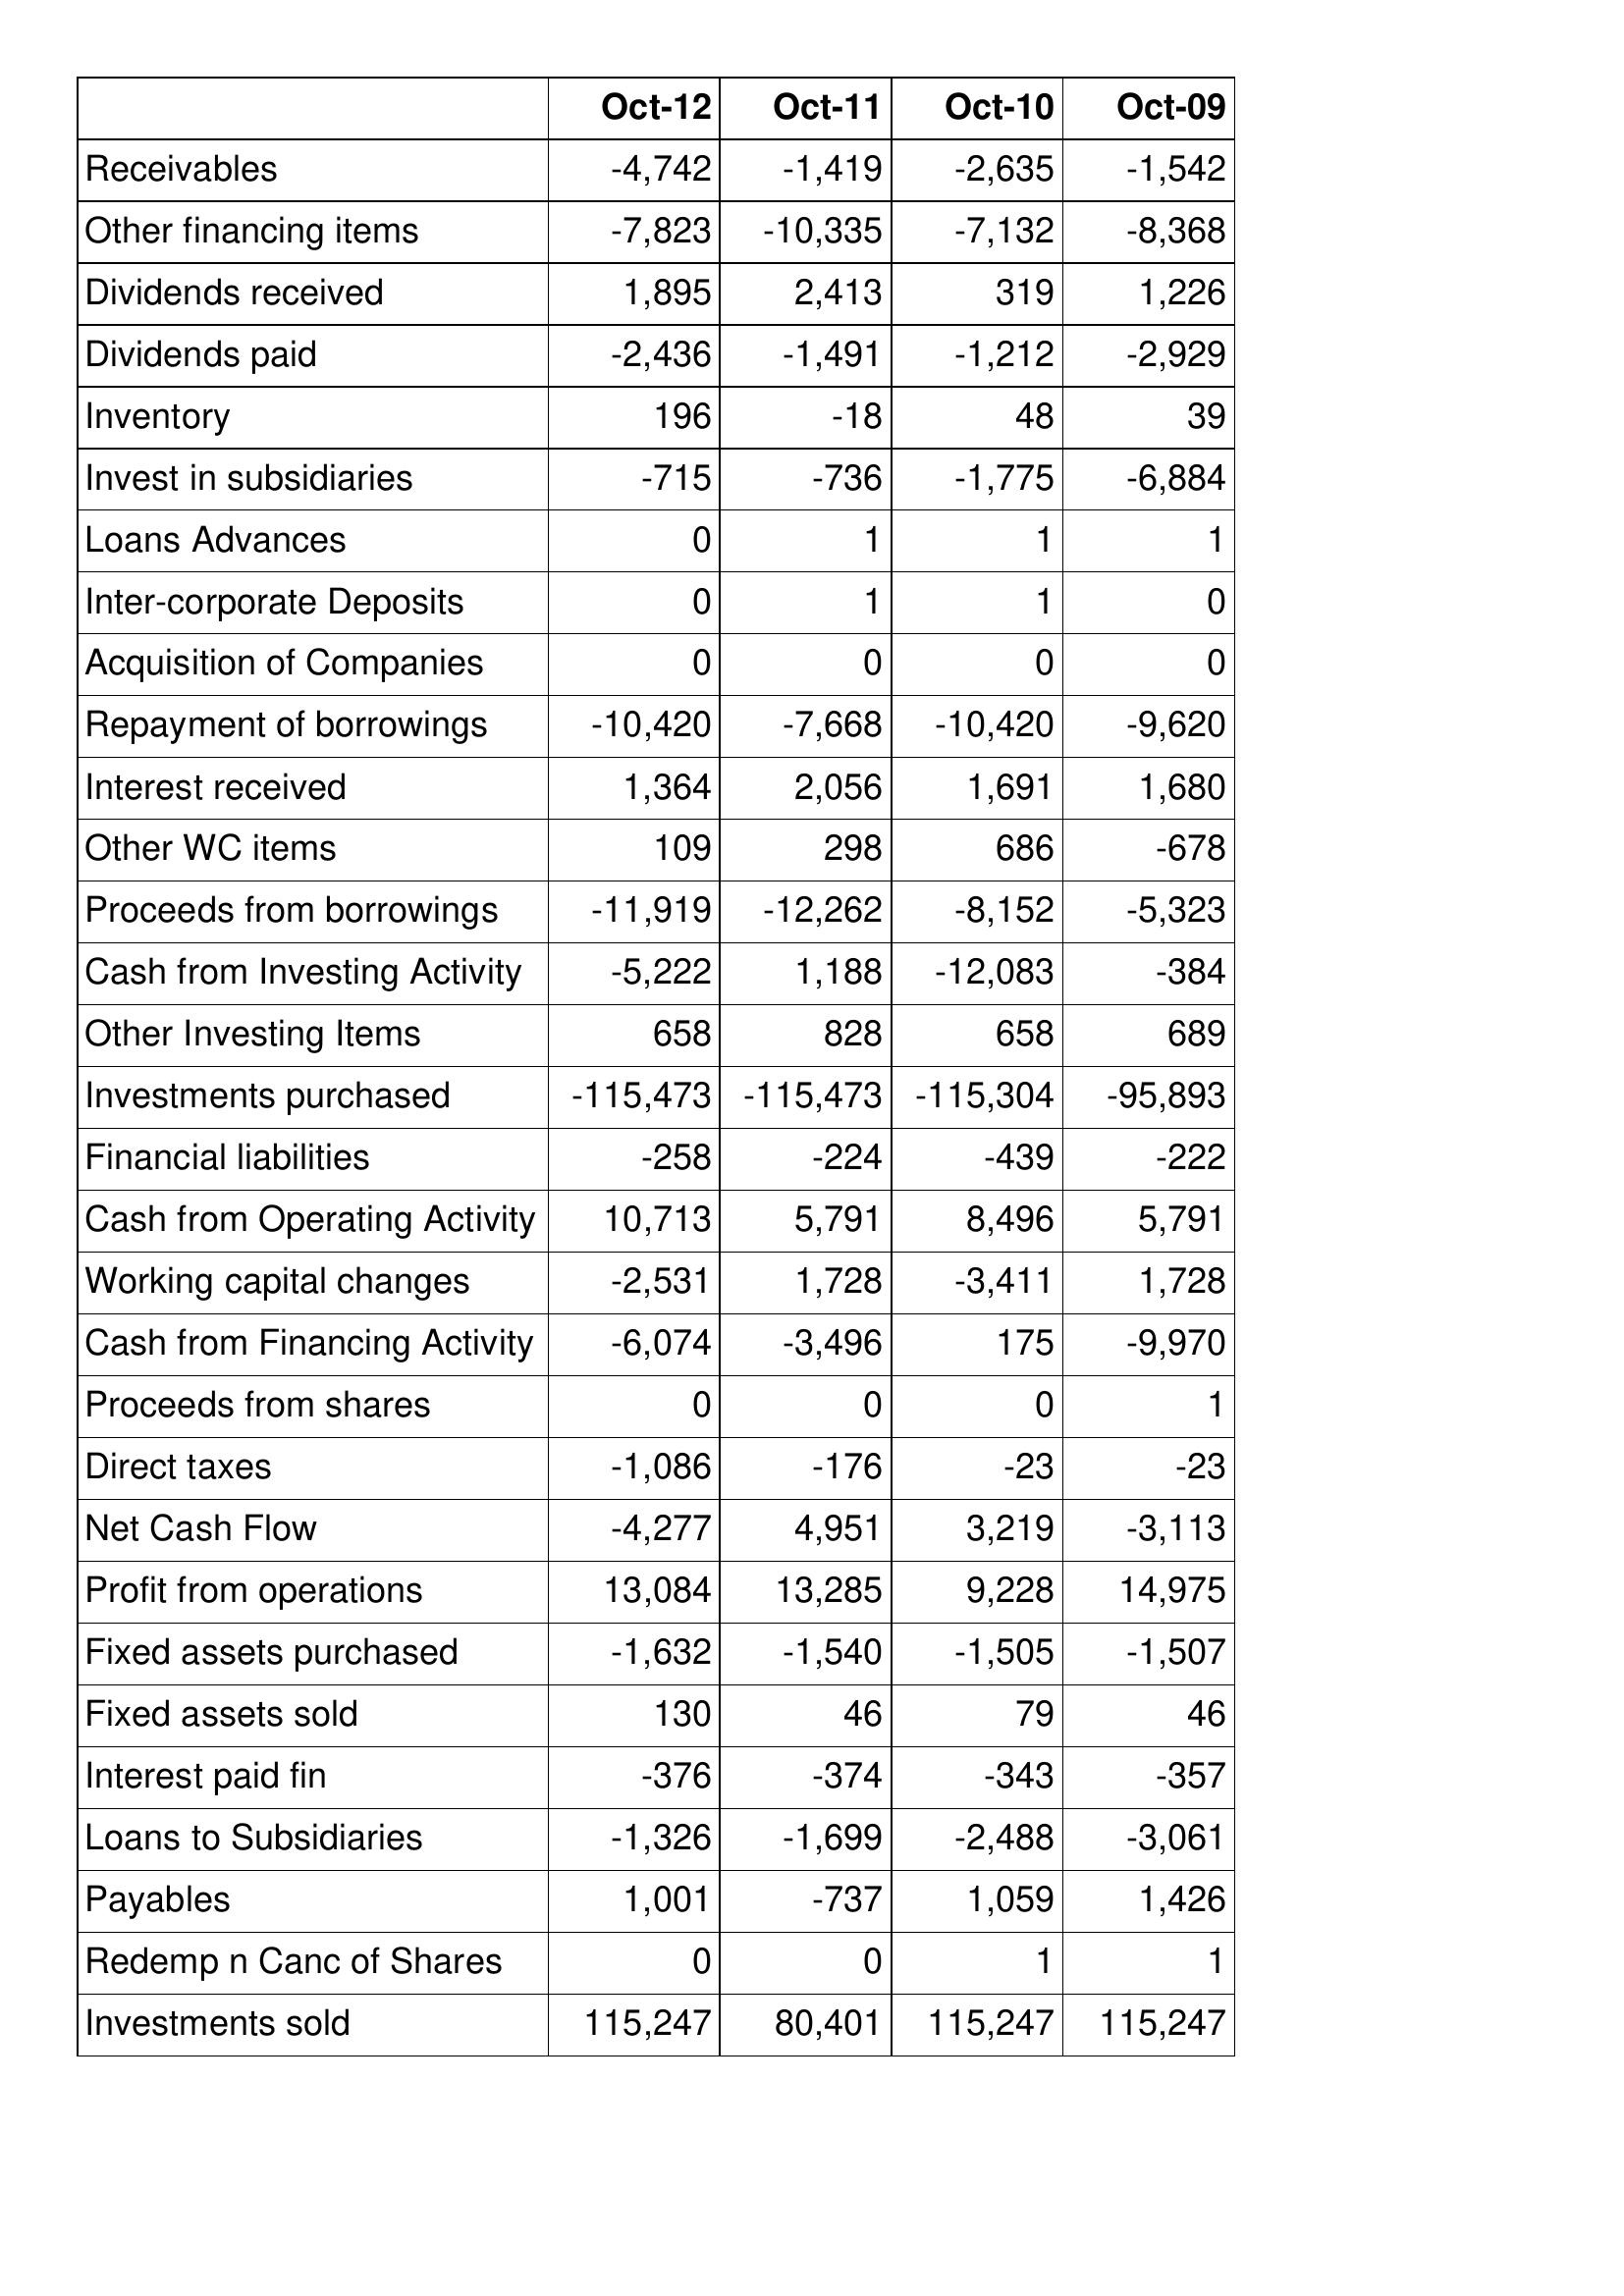
Oct-12: Cash Flows: Receivables: -4,742
Other financing items: -7,823
Dividends received: 1,895
Dividends paid: -2,436
Inventory: 196
Invest in subsidiaries: -715
Loans Advances: 0
Inter-corporate Deposits: 0
Acquisition of Companies: 0
Repayment of borrowings: -10,420
Interest received: 1,364
Other WC items: 109
Proceeds from borrowings: -11,919
Cash from Investing Activity: -5,222
Other Investing Items: 658
Investments purchased: -115,473
Financial liabilities: -258
Cash from Operating Activity: 10,713
Working capital changes: -2,531
Cash from Financing Activity: -6,074
Proceeds from shares: 0
Direct taxes: -1,086
Net Cash Flow: -4,277
Profit from operations: 13,084
Fixed assets purchased: -1,632
Fixed assets sold: 130
Interest paid fin: -376
Loans to Subsidiaries: -1,326
Payables: 1,001
Redemp n Canc of Shares: 0
Investments sold: 115,247
Oct-11: Cash Flows: Receivables: -1,419
Other financing items: -10,335
Dividends received: 2,413
Dividends paid: -1,491
Inventory: -18
Invest in subsidiaries: -736
Loans Advances: 1
Inter-corporate Deposits: 1
Acquisition of Companies: 0
Repayment of borrowings: -7,668
Interest received: 2,056
Other WC items: 298
Proceeds from borrowings: -12,262
Cash from Investing Activity: 1,188
Other Investing Items: 828
Investments purchased: -115,473
Financial liabilities: -224
Cash from Operating Activity: 5,791
Working capital changes: 1,728
Cash from Financing Activity: -3,496
Proceeds from shares: 0
Direct taxes: -176
Net Cash Flow: 4,951
Profit from operations: 13,285
Fixed assets purchased: -1,540
Fixed assets sold: 46
Interest paid fin: -374
Loans to Subsidiaries: -1,699
Payables: -737
Redemp n Canc of Shares: 0
Investments sold: 80,401
Oct-10: Cash Flows: Receivables: -2,635
Other financing items: -7,132
Dividends received: 319
Dividends paid: -1,212
Inventory: 48
Invest in subsidiaries: -1,775
Loans Advances: 1
Inter-corporate Deposits: 1
Acquisition of Companies: 0
Repayment of borrowings: -10,420
Interest received: 1,691
Other WC items: 686
Proceeds from borrowings: -8,152
Cash from Investing Activity: -12,083
Other Investing Items: 658
Investments purchased: -115,304
Financial liabilities: -439
Cash from Operating Activity: 8,496
Working capital changes: -3,411
Cash from Financing Activity: 175
Proceeds from shares: 0
Direct taxes: -23
Net Cash Flow: 3,219
Profit from operations: 9,228
Fixed assets purchased: -1,505
Fixed assets sold: 79
Interest paid fin: -343
Loans to Subsidiaries: -2,488
Payables: 1,059
Redemp n Canc of Shares: 1
Investments sold: 115,247
Oct-09: Cash Flows: Receivables: -1,542
Other financing items: -8,368
Dividends received: 1,226
Dividends paid: -2,929
Inventory: 39
Invest in subsidiaries: -6,884
Loans Advances: 1
Inter-corporate Deposits: 0
Acquisition of Companies: 0
Repayment of borrowings: -9,620
Interest received: 1,680
Other WC items: -678
Proceeds from borrowings: -5,323
Cash from Investing Activity: -384
Other Investing Items: 689
Investments purchased: -95,893
Financial liabilities: -222
Cash from Operating Activity: 5,791
Working capital changes: 1,728
Cash from Financing Activity: -9,970
Proceeds from shares: 1
Direct taxes: -23
Net Cash Flow: -3,113
Profit from operations: 14,975
Fixed assets purchased: -1,507
Fixed assets sold: 46
Interest paid fin: -357
Loans to Subsidiaries: -3,061
Payables: 1,426
Redemp n Canc of Shares: 1
Investments sold: 115,247